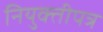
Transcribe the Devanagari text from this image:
नियुक्तीपत्र